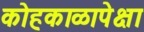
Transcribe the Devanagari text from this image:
कोहकाळापेक्षा